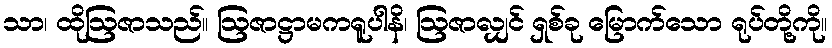
သာ၊ ထိုဩဇာသည်။ ဩဇာဋ္ဌာမကရူပါနိ၊ ဩဇာလျှင် ရှစ်ခု မြောက်သော ရုပ်တို့ကို။